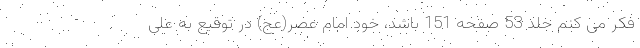
فکر می کنم جلد 53 صفحه 151 باشد، خود امام عصر(عج) در توقیع به علی